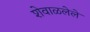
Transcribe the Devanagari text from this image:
शेवाळलेले